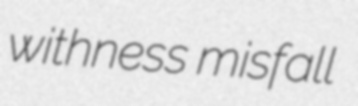
withness misfall